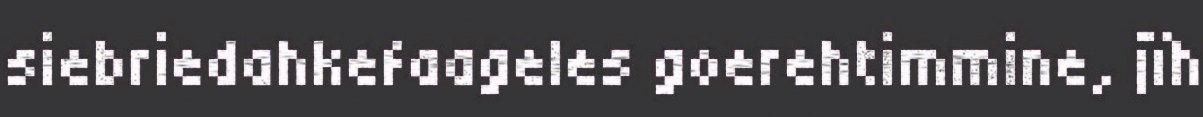
siebriedahkefaageles goerehtimmine, jïh